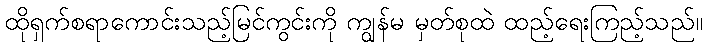
ထိုရှက်စရာကောင်းသည့်မြင်ကွင်းကို ကျွန်မ မှတ်စုထဲ ထည့်ရေးကြည့်သည်။